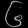
Digit: ၆